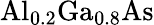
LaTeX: \mathrm{{Al}_{0.2}\mathrm{{Ga}_{0.8}\mathrm{{As}}}}